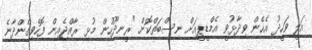
އަލީ ވަހީދު އެހެން ވިދާޅުވީ އެމްޑީޕީއަށް ނިސްބަތްކޮށް "ރީނދޫހުން މުޅި ރާއްޖެއިން ފޮހެވިގެންދާނެ